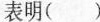
表明( )